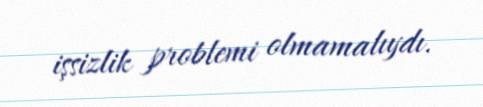
işsizlik problemi olmamalıydı.